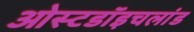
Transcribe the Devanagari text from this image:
ओस्टडॉइचलांड